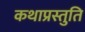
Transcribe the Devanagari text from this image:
कथाप्रस्तुति